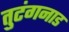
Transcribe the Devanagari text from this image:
तुटंगनाड